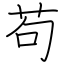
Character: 苟